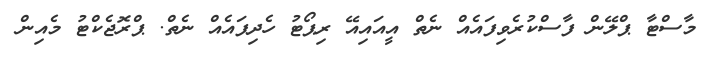
މާސްޓާ ޕްލޭން ފާސްކުރެވިފައެއް ނެތް އީއައިއޭ ރިޕޯޓު ހެދިފައެއް ނެތް. ޕްރޮޖެކްޓު މެއިން